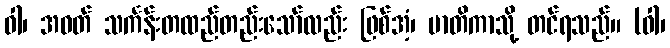
ဝါ၊ အဝတ် သင်္ကန်းတထည်တည်းသော်လည်း ဖြစ်အံ့၊ မာတိကာသို့ တင်ရသည်။ (ဝါ၊